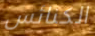
الكنائس